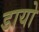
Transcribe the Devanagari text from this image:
डायो